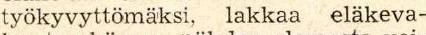
työkyvyttömäksi, lakkaa eläkeva-